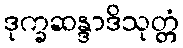
ဒုက္ခဆန္ဒာဒိသုတ္တံ